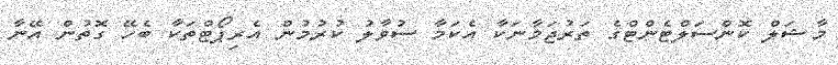
މާޝަލް ކޮންސަލްޓެންޓްގެ ތަރުޖަމާނަކާ އެކަމާ ސުވާލު ކުރުމުން އެރިޕޯޓްތަކާ ބެހޭ ގޮތުން އޭނާ